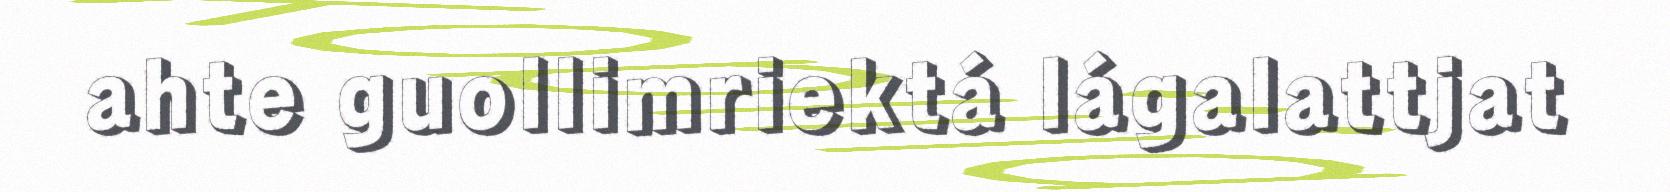
ahte guollimriektá lágalattjat